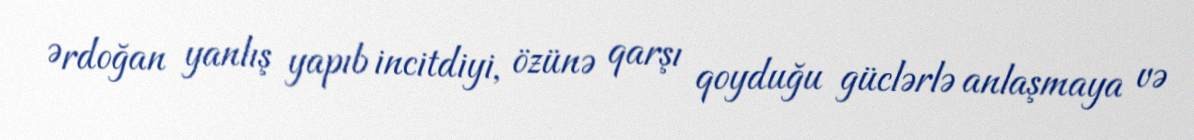
Ərdoğan yanlış yapıb incitdiyi, özünə qarşı qoyduğu güclərlə anlaşmaya və